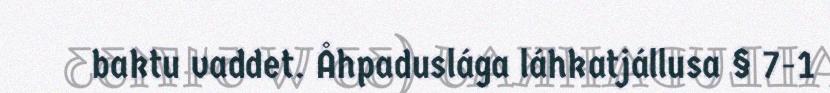
baktu vaddet. Åhpaduslága láhkatjállusa § 7-1